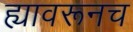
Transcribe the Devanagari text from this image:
ह्यावरूनच